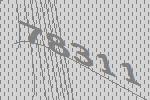
78311